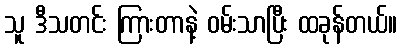
သူ ဒီသတင်း ကြားတာနဲ့ ဝမ်းသာပြီး ထခုန်တယ်။